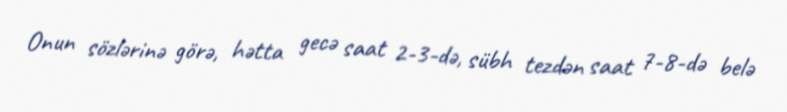
Onun sözlərinə görə, hətta gecə saat 2-3-də, sübh tezdən saat 7-8-də belə